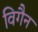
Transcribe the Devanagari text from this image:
विगैन